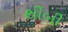
થીબી